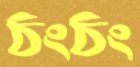
ঠংঠং